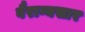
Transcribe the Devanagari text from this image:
वैराग्यसार